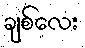
ချစ်လေး